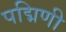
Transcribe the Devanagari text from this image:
पद्मिणी